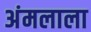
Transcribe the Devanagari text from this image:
अंमलाला